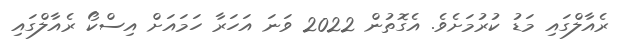
ރެއާލްގައި މަޑު ކުރުމަށެވެ. އެގޮތުން 2022 ވަނަ އަހަރާ ހަމައަށް އިސްކޯ ރެއާލްގައި